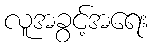
လူအခွင့်အရေး